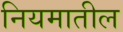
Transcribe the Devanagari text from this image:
नियमातील